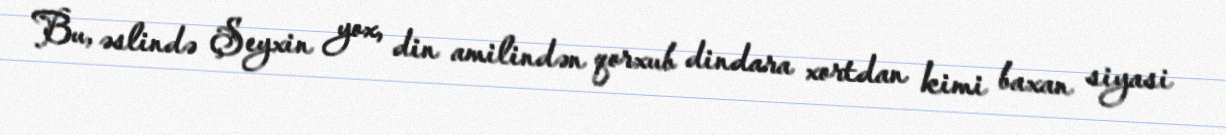
Bu, əslində Şeyxin yox, din amilindən qorxub dindara xortdan kimi baxan siyasi